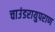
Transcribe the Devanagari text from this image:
चाउंडरायुपराण